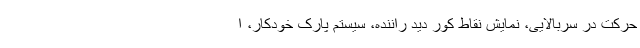
حرکت در سربالایی، نمایش نقاط کور دید راننده، سیستم پارک خودکار، ا